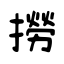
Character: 撈